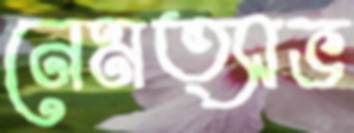
নেমত্সভ